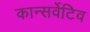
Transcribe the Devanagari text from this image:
कान्सर्वेटिव